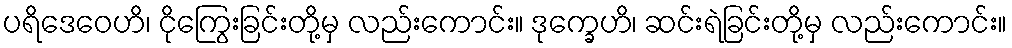
ပရိဒေဝေဟိ၊ ငိုကြွေးခြင်းတို့မှ လည်းကောင်း။ ဒုက္ခေဟိ၊ ဆင်းရဲခြင်းတို့မှ လည်းကောင်း။